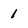
Character: 1